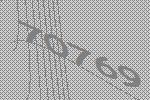
70769